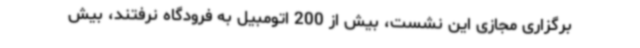
برگزاری مجازی این نشست، بیش از 200 اتومبیل به فرودگاه نرفتند، بیش